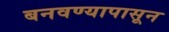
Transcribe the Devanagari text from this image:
बनवण्यापासून